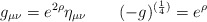
\begin{align*}g_{\mu\nu} = e^{2\rho}\eta_{\mu\nu}\;\;\;\;\;\;\; (-g)^{({1\over 4})}=e^{\rho}\end{align*}